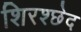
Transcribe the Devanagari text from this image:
शिरश्छेद